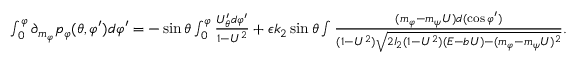
\begin{array} { r } { \int _ { 0 } ^ { \varphi } \partial _ { m _ { \varphi } } p _ { \varphi } ( \theta , \varphi ^ { \prime } ) d \varphi ^ { \prime } = - \sin \theta \int _ { 0 } ^ { \varphi } \frac { U _ { \theta } ^ { \prime } d \varphi ^ { \prime } } { 1 - U ^ { 2 } } + \epsilon k _ { 2 } \sin \theta \int \frac { ( m _ { \varphi } - m _ { \psi } U ) d ( \cos \varphi ^ { \prime } ) } { ( 1 - U ^ { 2 } ) \sqrt { 2 I _ { 2 } ( 1 - U ^ { 2 } ) ( E - b U ) - ( m _ { \varphi } - m _ { \psi } U ) ^ { 2 } } } . } \end{array}